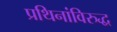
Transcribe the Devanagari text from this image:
प्रथिनांविरुद्ध